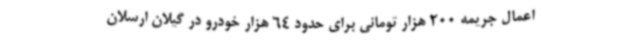
اعمال جریمه 200 هزار تومانی برای حدود 64 هزار خودرو در گیلان ارسلان